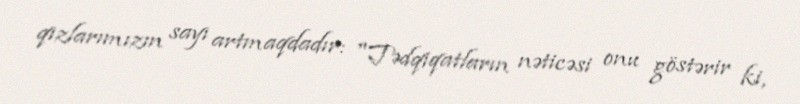
qızlarımızın sayı artmaqdadır: "Tədqiqatların nəticəsi onu göstərir ki,